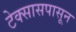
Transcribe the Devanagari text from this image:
टेक्सासपासून